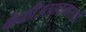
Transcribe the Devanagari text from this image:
केळीउत्पादनासाठी